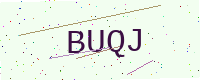
Text: BUQJ